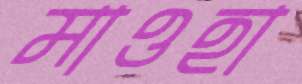
মাওহা